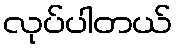
လုပ်ပါတယ်